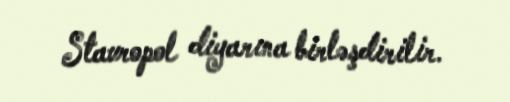
Stavropol diyarına birləşdirilir.